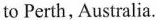
to Perth, Australia.